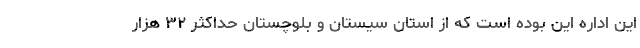
اين اداره اين بوده است كه از استان سيستان و بلوچستان حداكثر ۳۲ هزار